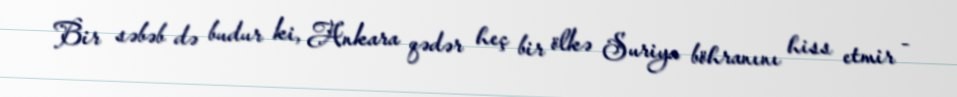
Bir səbəb də budur ki, Ankara qədər heç bir ölkə Suriya böhranını hiss etmir -